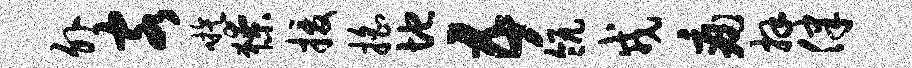
外客嗾獠援摇地五瓴戎痛拜律